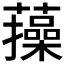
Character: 𧂈